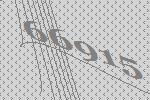
66915